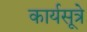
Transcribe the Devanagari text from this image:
कार्यसूत्रे